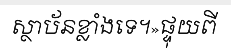
ស្ថាប័នខ្លាំងទេ។»ផ្ទុយពី